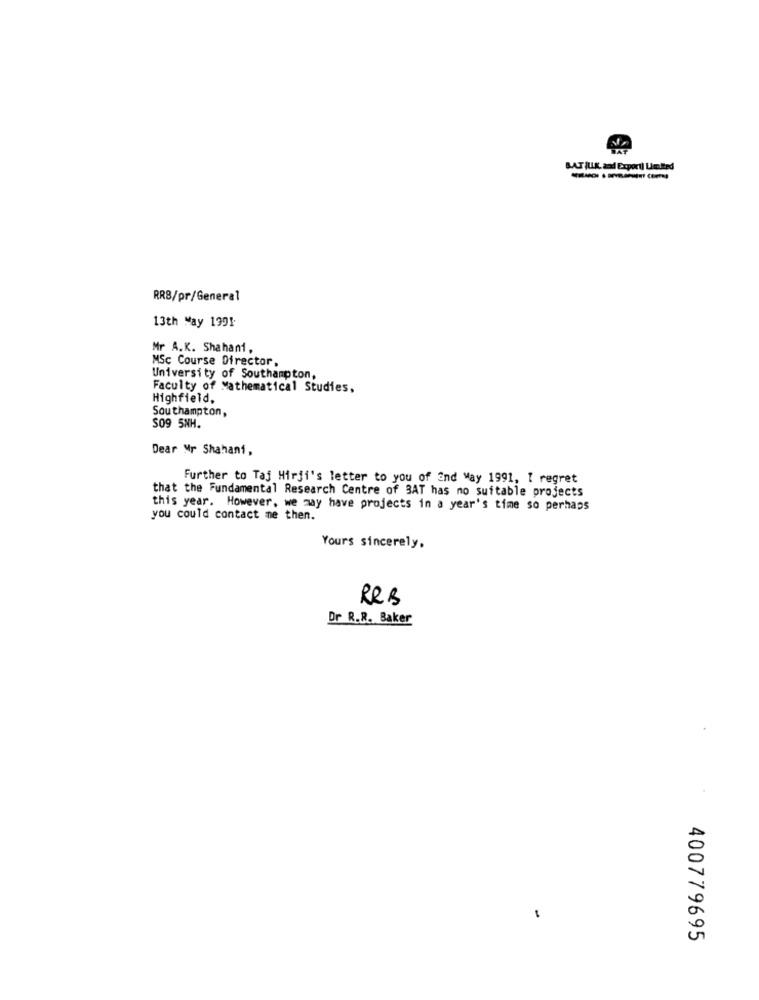
SAT ILIK, zad Export) Limited
---- (
RR8/pr/General
13th May 1991
Mr A.K. Shahani,
MSc Course Director.
University of Southampton,
Faculty of Mathematical Studies,
Highfield,
Southampton,
S09 5NH.
Dear Mr Shahani,
Further to Taj Hirji's letter to you of and May 1991, I regret
that the Fundamental Research Centre of 3AT has no suitable projects
this year. However, we may have projects in a year's time so perhaps
you could contact me then.
Yours sincerely.
RRB
Dr R.R. Baker
400779695